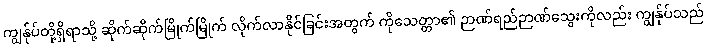
ကျွန်ုပ်တို့ရှိရာသို့ ဆိုက်ဆိုက်မြိုက်မြိုက် လိုက်လာနိုင်ခြင်းအတွက် ကိုသေတ္တာ၏ ဉာဏ်ရည်ဉာဏ်သွေးကိုလည်း ကျွန်ုပ်သည်